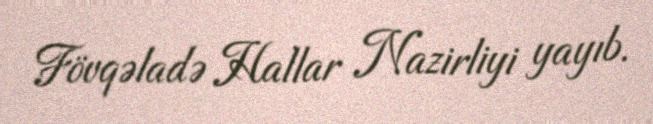
Fövqəladə Hallar Nazirliyi yayıb.